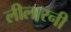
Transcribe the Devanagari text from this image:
लीलारनी